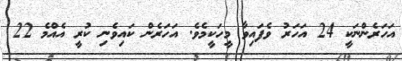
އަހަރެންނަކީ 24 އަހަރު ވެފައިވާ މީހަކީމެވެ. އަހަރެން ކައިވެނި ކުރީ އެއްމެ 22